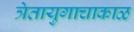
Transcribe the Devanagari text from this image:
त्रेतायुगाचाकाळ